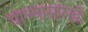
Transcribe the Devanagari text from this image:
पाण्यासारखी